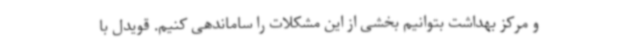
و مرکز بهداشت بتوانیم بخشی از این مشکلات را ساماندهی کنیم. قویدل با